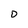
Character: D